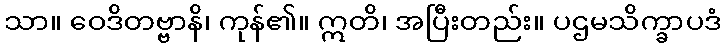
သာ။ ဝေဒိတဗ္ဗာနိ၊ ကုန်၏။ ဣတိ၊ အပြီးတည်း။ ပဌမသိက္ခာပဒံ